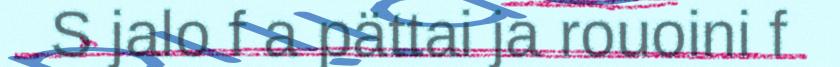
S jalo f a pättai ja rouoini f